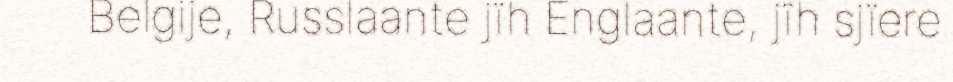
Belgije, Russlaante jïh Englaante, jïh sjïere